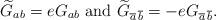
LaTeX: \begin{align*}\widetilde{G}_{ab}=eG_{ab}\,\,{\rm and}\,\,\widetilde{G}_{\overline{a}\,\overline{b}}=-eG_{\overline{a}\,\overline{b}}.\end{align*}